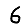
Digit: 6